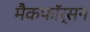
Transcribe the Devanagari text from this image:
मैकफॉर्सन